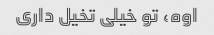
اوه، تو خیلی تخیل داری